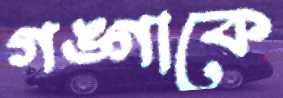
গঙ্গাকে